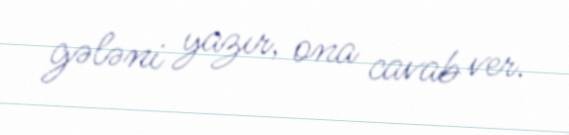
gələni yazır, ona cavab ver.